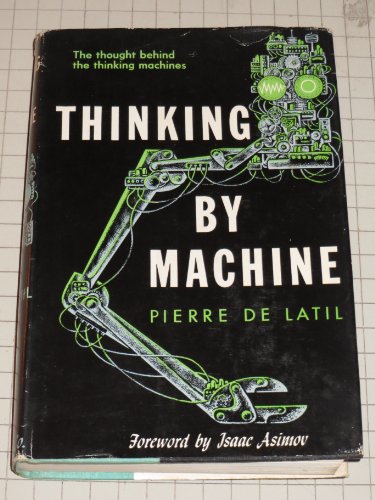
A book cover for Thinking by Machine: A Study of Cybernetics; Pierre de Latil; Computers & Technology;